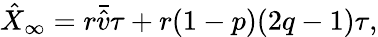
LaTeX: \hat{X}_{\infty}=r\bar{\hat{v}}\tau+r(1-p)(2q-1)\tau,